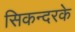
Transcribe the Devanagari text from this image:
सिकन्दरके